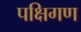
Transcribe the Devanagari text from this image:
पक्षिगण